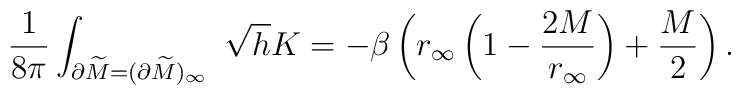
{1\over 8\pi}\int_{\partial \widetilde M=(\partial \widetilde M)_\infty}\ \sqrt{h}K=-\beta \left(r_{\infty}\left(1-{2M \over r_{\infty}}\right) +{M\over 2}\right).